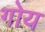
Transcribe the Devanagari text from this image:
गोय